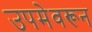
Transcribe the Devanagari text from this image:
उपमेवरून